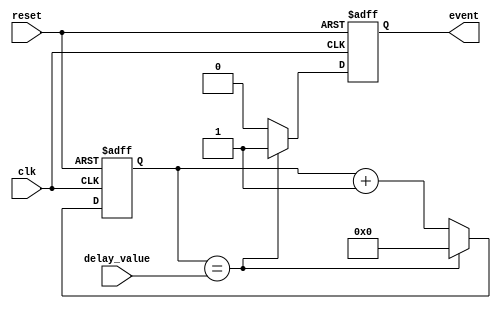
module EventTimer (
    input wire clk,
    input wire reset,
    input wire [31:0] delay_value,
    output reg event
);

reg [31:0] counter;

always @(posedge clk or posedge reset) begin
    if (reset) begin
        counter <= 0;
        event <= 0;
    end else begin
        if (counter == delay_value) begin
            event <= 1;
            counter <= 0;
        end else begin
            counter <= counter + 1;
            event <= 0;
        end
    end
end

endmodule